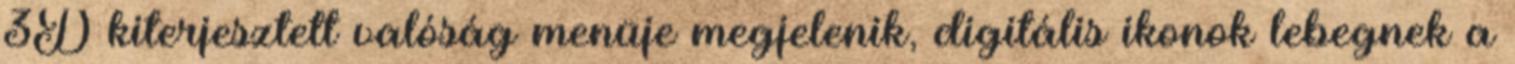
3D kiterjesztett valóság menüje megjelenik, digitális ikonok lebegnek a